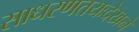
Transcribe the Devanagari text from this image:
साधरणतयःदेखने